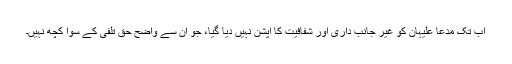
اب تک مدعا علیہان کو غیر جانب داری اور شفافیت کا آپشن نہیں دیا گیا، جو اُن سے واضح حق تلفی کے سِوا کچھ نہیں۔